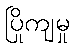
ပြိုကျမှု